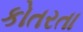
કોતરતા